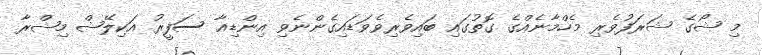
މި ޝޯގެ ޝަރަފުވެރި މެހްމާނެއްގެ ގޮތުގައި ބައިވެރިވެވަޑައިގެންނެވި އިންޑިއާ ސަފީރު އަކިލޭޝް މިޝްރާ